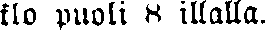
klo puoli 8 illalla.